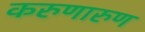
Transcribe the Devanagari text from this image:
करुणारुण